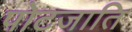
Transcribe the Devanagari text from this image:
पोटजाति